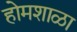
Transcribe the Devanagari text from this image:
होमशाळा